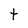
Character: t